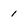
Character: I